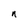
Character: n